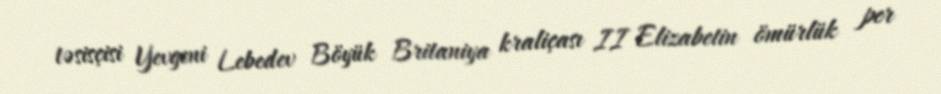
təsisçisi Yevgeni Lebedev Böyük Britaniya kraliçası II Elizabetin ömürlük per